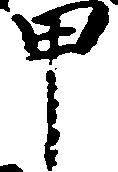
甲